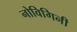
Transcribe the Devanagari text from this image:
नोविगिनी